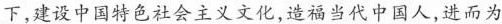
下，建设中国特色社会主义文化，造福当代中国人，进而为